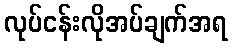
လုပ်ငန်းလိုအပ်ချက်အရ